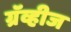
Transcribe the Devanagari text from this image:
ग्रॅव्हीज